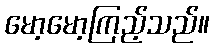
မော့မော့ကြည့်သည်။